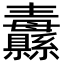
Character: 纛